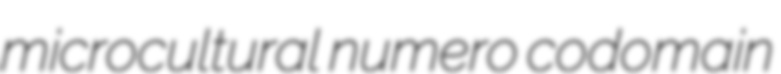
microcultural numero codomain